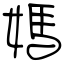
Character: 媽